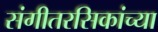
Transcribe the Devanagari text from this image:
संगीतरसिकांच्या